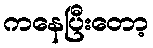
ကနေပြီးတော့